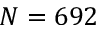
N = 6 9 2